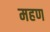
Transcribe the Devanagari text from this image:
महण